Report on vaccination North-West Frontier Province 1904-1922 - 1904-1922
Year: 1904
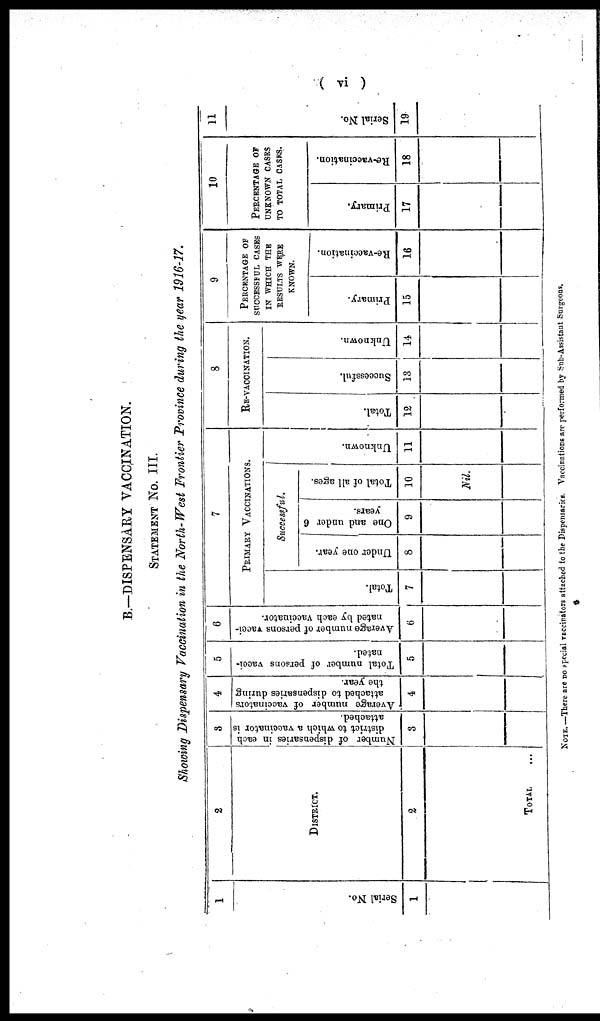
( vi )
B.—DISPENSARY VACCINATION.
STATEMENT No. III.
Showing Dispensary Vaccination in the North-West Frontier Province during the year 1916-17.
1
Serial No.
1
2
DISTRICT.
2
TOTAL ...
3
Number of dispensaries in each
district to which a vaccinator is
attached.
3
4
Average number of vaccinators
attached to dispensaries during
the year.
4
5
Total number of persons vacci¬
nated.
5
6
Average number of persons vacci¬
nated by each vaccinator.
6
7
PRIMARY VACCINATIONS.
Total.
7
Successful.
Under one year.
8
One and under 6
years.
9
Total of all ages.
10
Nil.
Unknown.
11
8
RE-VACCINATION.
Total.
12
Successful.
13
Unknown.
14
9
PERCENTAGE OF
SUCCESSFUL CASES
IN WHICH THE
RESULTS WERE
KNOWN.
Primary.
15
Re-vaccination.
16
10
PERCENTAGE OF
UNKNOWN CASES
TO TOTAL CASES.
Primary.
17
Re-vaccination.
18
11
Serial No.
19
NOTE.—There are no special vaccinators attached to the Dispensaries. Vaccinations are performed by Sub-Assistant Surgeons.